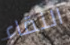
النقاء